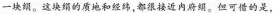
一块绢。，这块绢的质地和经纬,都很接近内府朗。但可惜的是，